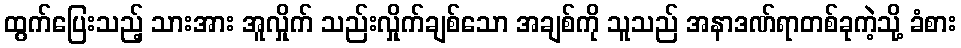
ထွက်ပြေးသည့် သားအား အူလှိုက် သည်းလှိုက်ချစ်သော အချစ်ကို သူသည် အနာဒဏ်ရာတစ်ခုကဲ့သို့ ခံစား